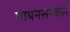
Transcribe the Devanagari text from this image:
गायनसंस्कार